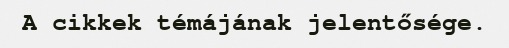
A cikkek témájának jelentősége.